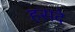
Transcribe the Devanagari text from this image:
हसदे